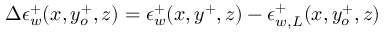
\Delta \epsilon _ { w } ^ { + } ( x , y _ { o } ^ { + } , z ) = \epsilon _ { w } ^ { + } ( x , y ^ { + } , z ) - \epsilon _ { w , L } ^ { + } ( x , y _ { o } ^ { + } , z )